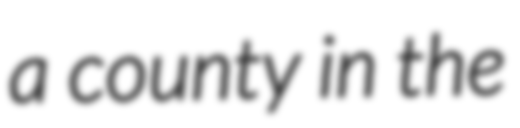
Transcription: a county in the